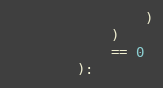
Language: Python
                )
            )
            == 0
        ):